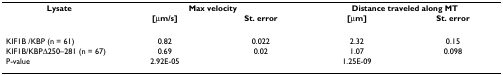
<table><thead><tr><td><b>Lysate</b></td><td colspan="2"><b>Max velocity</b></td><td colspan="2"><b>Distance traveled along MT</b></td></tr><tr><td></td><td><b>[μm/s]</b></td><td><b>St. error</b></td><td><b>[μm]</b></td><td><b>St. error</b></td></tr></thead><tbody><tr><td>KIF1B /KBP (n = 61)</td><td>0.82</td><td>0.022</td><td>2.32</td><td>0.15</td></tr><tr><td>KIF1B/KBPΔ250–281 (n = 67)</td><td>0.69</td><td>0.02</td><td>1.07</td><td>0.098</td></tr><tr><td>P-value</td><td>2.92E-05</td><td></td><td>1.25E-09</td><td></td></tr></tbody></table>